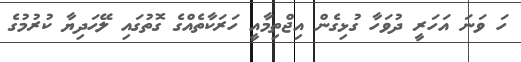
ހަ ވަނަ އަހަރީ ދުވަހާ ގުޅިގެން އިޖްތިމާއީ ހަރަކާތެއްގެ ގޮތުގައި ލޭހަދިޔާ ކުރުމުގެ